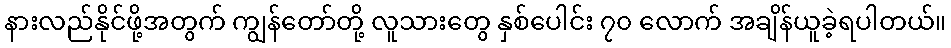
နားလည်နိုင်ဖို့အတွက် ကျွန်တော်တို့ လူသားတွေ နှစ်ပေါင်း ၇၀ လောက် အချိန်ယူခဲ့ရပါတယ်။